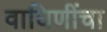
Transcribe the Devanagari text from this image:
वाघिणींचा